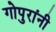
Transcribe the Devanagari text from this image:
गोपुरांनी